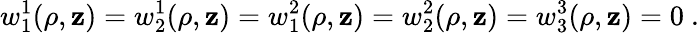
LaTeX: w_{1}^{1}(\rho,\mathbf{z})=w_{2}^{1}(\rho,\mathbf{z})=w_{1}^{2}(\rho,\mathbf{z})=w_{2}^{2}(\rho,\mathbf{z})=w_{3}^{3}(\rho,\mathbf{z})=0\ .